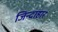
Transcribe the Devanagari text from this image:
जिन्दाहार